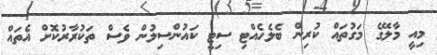
މިއީ މާލޭގެ މަގުތައް ކުރިން ބެލެހެއްޓި ސިޓީ ކައުންސިލުން ވެސް ތަކުރާރުކޮށް އެތައް